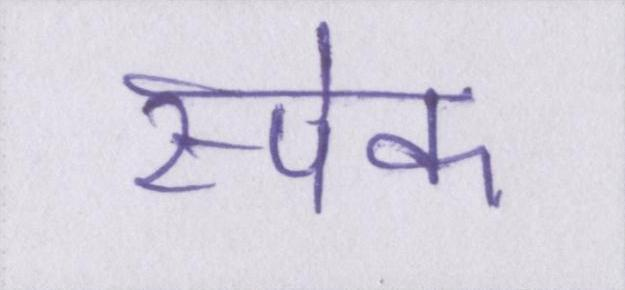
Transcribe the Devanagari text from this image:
स्पेक